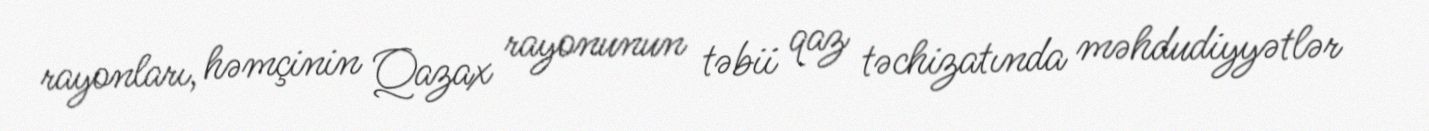
rayonları, həmçinin Qazax rayonunun təbii qaz təchizatında məhdudiyyətlər